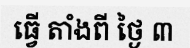
ធ្វើ តាំងពី ថ្ងៃ ៣